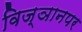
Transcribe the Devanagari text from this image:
विज्ञानपर